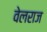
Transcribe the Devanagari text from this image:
वेलराज